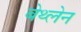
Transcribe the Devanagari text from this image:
बेथ्लेन